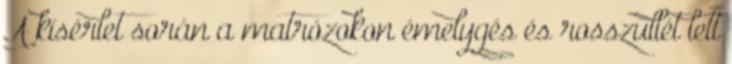
A kísérlet során a matrózokon émelygés és rosszullét lett